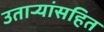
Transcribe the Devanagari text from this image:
उतार्‍यांसहित